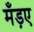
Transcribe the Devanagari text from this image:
मँड़ए